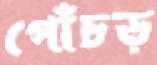
পোঁচড়